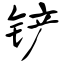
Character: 铲